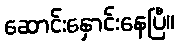
ဆောင်းနှောင်းနေပြီ။